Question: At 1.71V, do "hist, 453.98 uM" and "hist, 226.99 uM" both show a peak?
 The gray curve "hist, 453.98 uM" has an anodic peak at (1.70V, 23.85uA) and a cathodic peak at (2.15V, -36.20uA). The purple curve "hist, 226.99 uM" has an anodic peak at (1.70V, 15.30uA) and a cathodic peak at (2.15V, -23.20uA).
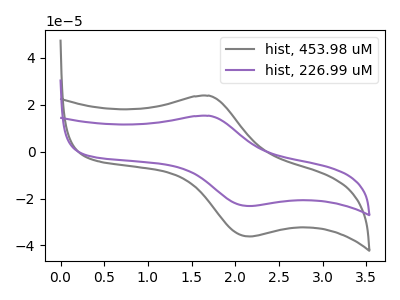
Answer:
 <answer>Yes, "hist, 453.98 uM" and "hist, 226.99 uM" share a peak at 1.71V.</answer>
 <eval>match</eval>